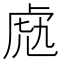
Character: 𧆬